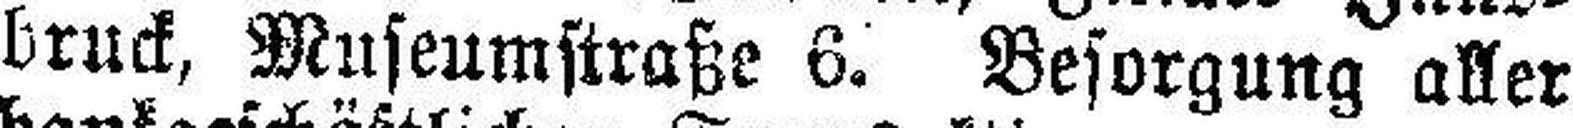
bruck, Museumstraße 6. Besorgung aller